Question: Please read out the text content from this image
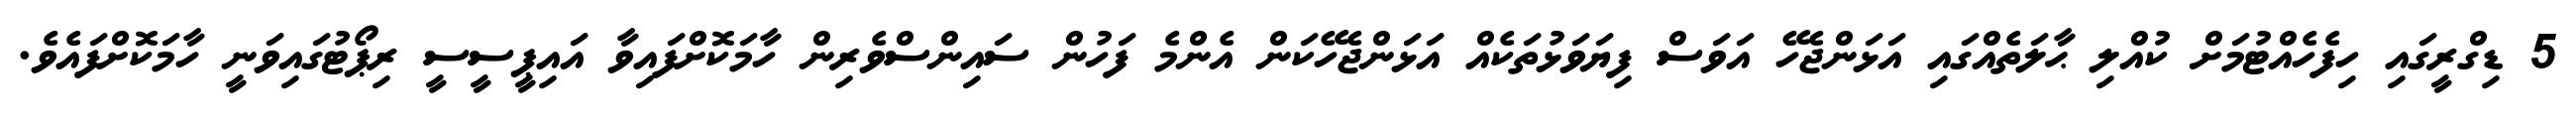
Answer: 5 ޑިގްރީގައި ހިފެހެއްޓުމަށް ކުއްލި ޙާލަތެއްގައި އަޅަންޖެހޭ އަވަސް ފިޔަވަޅުތަކެއް އަޅަންޖެހޭކަން އެންމެ ފަހުން ސައިންސްވެރިން ހާމަކޮށްފައިވާ އައިޕީސީސީ ރިޕޯޓުގައިވަނީ ހާމަކޮށްފައެވެ.